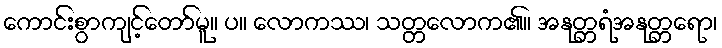
ကောင်းစွာကျင့်တော်မူ။ ပ။ လောကဿ၊ သတ္တလောက၏။ အနုတ္တရံအနုတ္တရော၊